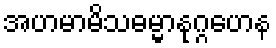
အဟမာမိသဓမ္မာနုဂ္ဂဟေန